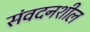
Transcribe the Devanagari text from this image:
संवदनशील